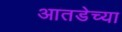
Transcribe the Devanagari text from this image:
आतडेच्या